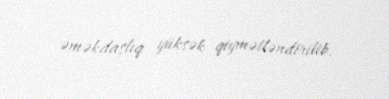
əməkdaşlıq yüksək qiymətləndirilib.